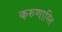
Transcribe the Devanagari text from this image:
करुणास्ति